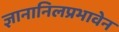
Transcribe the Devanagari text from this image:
ज्ञानानिलप्रभावेन